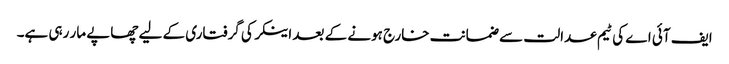
ایف آئی اے کی ٹیم عدالت سے ضمانت خارج ہونے کے بعد اینکر کی گرفتاری کے لیے چھاپے مار رہی ہے۔